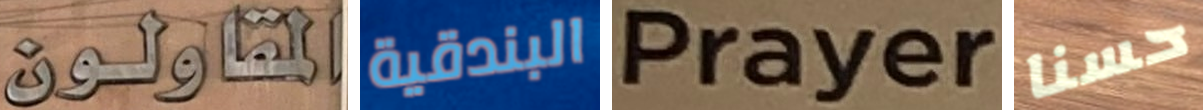
المقاولون البندقية Prayers حسنا